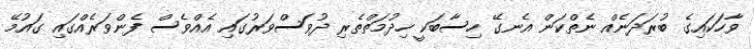
ވާހަކައިގެ ބުރަދަނެއް ނެތްކަން އެނގޭ ހިސާބަކީ ހިދުމަތްތެރި ދުވަސްވަރުގައި އެއްވެސް ފެންވަރެއްގައި ގައުމޭ